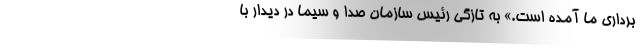
برداری ما آمده است.» به تازگی رئیس سازمان صدا و سیما در دیدار با